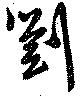
劉